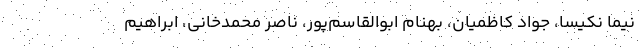
نیما نکیسا، جواد کاظمیان، بهنام ابوالقاسم‌پور، ناصر محمدخانی، ابراهیم